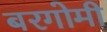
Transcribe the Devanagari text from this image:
बरगोमी